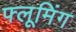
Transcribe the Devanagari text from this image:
फ्लूमिंग